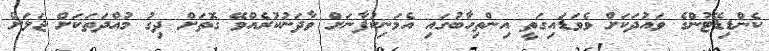
ކެންޑިޑޭޓުންގެ ވައުދަކަށް ވެވަޑައިގަތީ އިންތިހާބުގައި އެމަނިކުފާނަށް ވާދަނުކުރެއްވޭ ގޮތަށް ދިގު މުއްދަތަކަށް ޖަލަށް